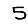
Digit: 5